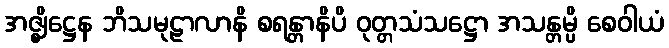
အဇ္ဈိဋ္ဌေန ဘိသမုဠာလာနိ စရန္တာနိပိ ဝုတ္တသံသဋ္ဌော အသန္တမ္ပိ စေဝါယံ